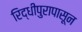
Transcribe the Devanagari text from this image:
रिद्धीपुरापासून